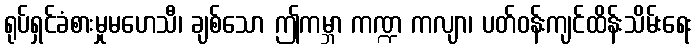
ရုပ်ရှင်ခံစားမှုမဟေသီ၊ ချစ်သော ဤကမ္ဘာ ကဏ္ဍ ကလျာ၊ ပတ်ဝန်းကျင်ထိန်းသိမ်းရေး